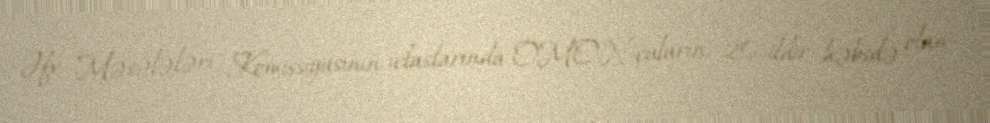
Əfv Məsələləri Komissiyasının iclaslarında OMON-çuların, 20 ildir həbsdə olan